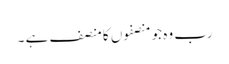
رب وہ جو منصفوں کا منصف ہے ۔